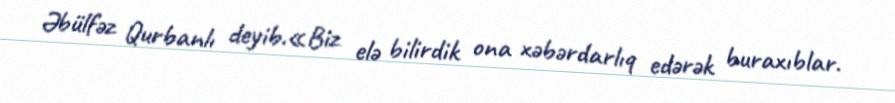
Əbülfəz Qurbanlı deyib.«Biz elə bilirdik ona xəbərdarlıq edərək buraxıblar.